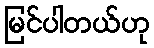
မြင်ပါတယ်ဟု